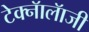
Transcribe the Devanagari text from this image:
टेक्नॅालॅाजी